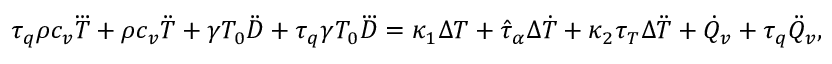
\begin{array} { r } { \tau _ { q } \rho c _ { v } \dddot T + \rho c _ { v } \ddot { T } + \gamma T _ { 0 } \ddot { D } + \tau _ { q } \gamma T _ { 0 } \dddot D = \kappa _ { 1 } \Delta T + \hat { \tau } _ { \alpha } \Delta \dot { T } + \kappa _ { 2 } \tau _ { T } \Delta \ddot { T } + \dot { Q } _ { v } + \tau _ { q } \ddot { Q } _ { v } , } \end{array}